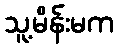
သူ့မိန်းမက